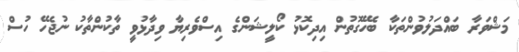
މަޝްވަރާ ބައްދަލުވުންތަކާ ބެހޭގޮތުން އިދިކޮޅު ކޯލީޝަންގެ އިސްވެރިޔާ ވިދާޅުވީ ތާކުންތާކު ނުޖެހޭ ހުސް